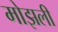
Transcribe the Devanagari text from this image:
मोझली